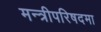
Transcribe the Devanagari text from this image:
मन्त्रीपरिषदमा